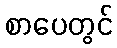
စာပေတွင်